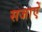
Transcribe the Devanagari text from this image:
सजाएें